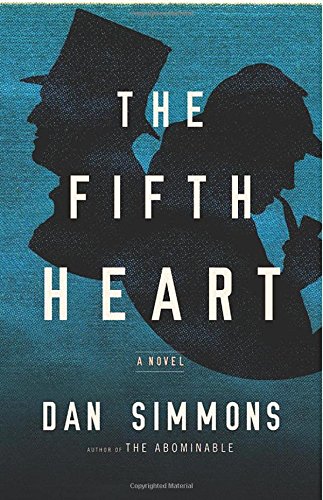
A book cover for The Fifth Heart; Dan Simmons; Mystery, Thriller & Suspense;